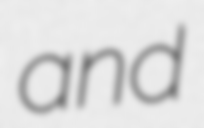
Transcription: and